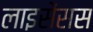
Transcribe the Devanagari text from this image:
लाइसेंसस